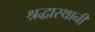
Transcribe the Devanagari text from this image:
श्रद्धास्थानी